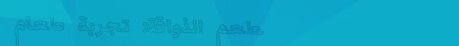
مطعم الذواقة: تجربة طعام